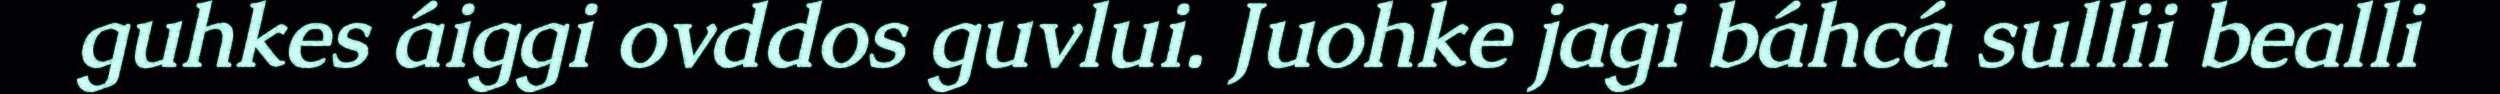
guhkes áiggi ovddos guvlui. Juohke jagi báhcá sullii bealli